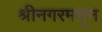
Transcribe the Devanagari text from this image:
श्रीनगरमधून